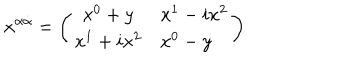
x ^ { \alpha { \dot { \alpha } } } = \left( \begin{array} { c l } { { x ^ { 0 } + y } } & { { x ^ { 1 } - i x ^ { 2 } } } \\ { { x ^ { 1 } + i x ^ { 2 } } } & { { x ^ { 0 } - y } } \\ \end{array} \right)